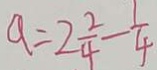
a = 2 \frac { 2 } { 4 } - \frac { 1 } { 4 }